Account of plague administration in the Bombay Presidency from September 1896 till May 1897
Year: 1896
Disease focus: Plague
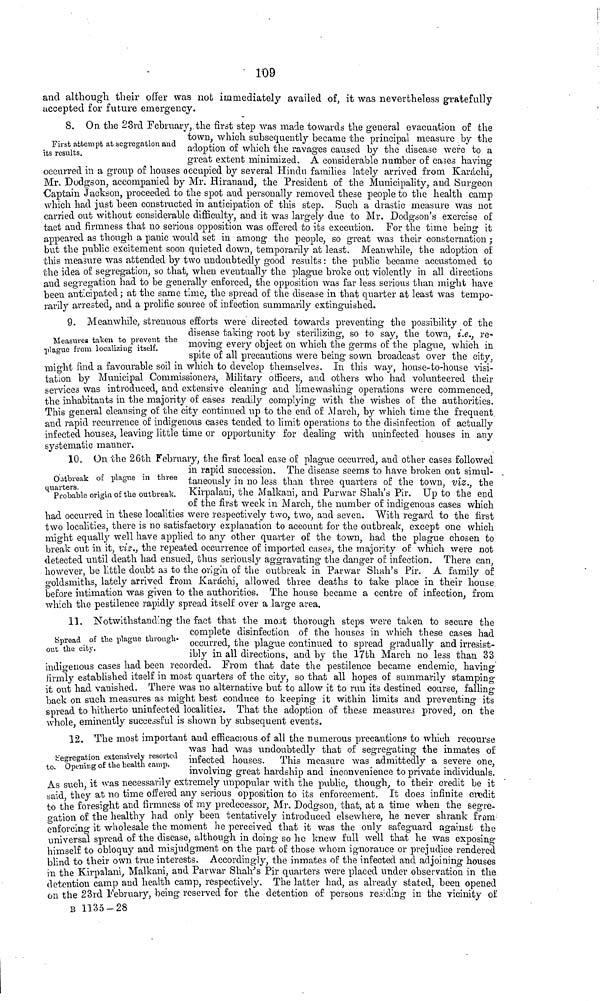
109
and although their offer was not immediately availed of, it was nevertheless gratefully
accepted for future emergency.
First attempt at segregation and
its results.
8. On the 23rd February,. the first step was made towards the general evacuation of the
town, which subsequently became the principal measure by the
adoption of which the ravages caused by the disease were to a
great extent minimized. A considerable number of cases having
occurred in a group of houses occupied by several Hindu families lately arrived from Karachi,
Mr. Dodgson, accompanied by Mr. Hiranand, the President of the Municipality, and Surgeon
Captain Jackson, proceeded to the spot and personally removed these people to the health camp
which had just been constructed in anticipation of this step. Such a drastic measure was not
carried out without considerable difficulty, and it was largely due to Mr. Dodgson's exercise of
tact and firmness that no serious opposition was offered to its execution. For the time being it
appeared as though a panic would set in among the people, so great was their consternation ;
but the public excitement soon quieted down, temporarily at least. Meanwhile, the adoption of
this measure was attended by two undoubtedly good results : the public became accustomed to
the idea of segregation, so that, when eventually the plague broke out violently in all directions
and segregation had to be generally enforced, the opposition was far less serious than might have
been anticipated ; at the same time, the spread of the disease in that quarter at least was tempo-
rarily arrested, and a prolific source of infection summarily extinguished.
Measures taken to prevent the
plague from localizing itself.
9. Meanwhile, strenuous efforts were directed towards preventing the possibility of the
disease taking root by sterilizing, so to say, the town, i.e., re-
moving every object on which the germs of the plague, which in
spite of all precautions were being sown broadcast over the city,
-might find a favourable soil in which to develop themselves. In this way, house-to-house visi-
tation by Municipal Commissioners, Military officers, and others who had volunteered their
services was introduced, and extensive cleaning and limewashing operations were commenced,
the inhabitants in the majority of cases readily complying with the wishes of the authorities.
This general cleansing of the city continued up to the end of March, by which time the frequent
and rapid recurrence of indigenous cases tended to limit operations to the disinfection of actually
infected houses, leaving little time or opportunity for dealing with uninfected houses in any
systematic manner.
Outbreak of plague in three
quarters.
Probable origin of the outbreak.
120. On the 26th February, the first local case of plague occurred, and other cases followed
in rapid succession. The disease seems to have broken out simul-
taneously in no less than three quarters of the town, viz., the
Kirpalani, the Malkani, and Parwar Shah's Pir. Up to the end
of the first week in March, the number of indigenous cases which
had occurred in these localities were respectively two, two, and seven. With regard to the first
two localities, there is no satisfactory explanation to account for the outbreak, except one which
might equally well have applied to any other quarter of the town, had the plague chosen to
break out in it, viz., the repeated occurrence of imported cases, the majority of which were Dot
detected until death had ensued, thus seriously aggravating the clanger of infection. There can,
however, be little doubt as to the origin of the outbreak in Parwar Shah's Pir. A family of
goldsmiths, lately arrived from Karachi, allowed three deaths to take place in their house
before intimation was given to the authorities. The house became a centre of infection, from
which the pestilence rapidly spread itself over a large area.
Spread of the plague through-
out the city.
11. Notwithstanding the fact that the most thorough steps were taken to secure the
complete disinfection of the houses in which these cases had
occurred, the plague continued to spread gradually and irresist-
ibly in all directions, and by the 17th March no less than 33
indigenous cases had been recorded. From that date the pestilence became endemic, having
firmly established itself in most quarters of the city, so that all hopes of summarily stamping
it out had vanished. There was no alternative but to allow it to run its destined course, falling
back on such measures as might best conduce to keeping it within limits and preventing its
spread to hitherto uninfected localities. That the adoption of these measures proved, on the
whole eminently successful is shown by subsequent events.
Segregation extensively resorted
to. Opening of the health camp.
12 The most important and efficacious of all the numerous precautions to which recourse
was had was undoubtedly that of segregating the inmates of
infected houses. This measure was admittedly a severe one,
involving great hardship and inconvenience to private individuals.
As such it was necessarily extremely unpopular with the public, though, to their credit be it
said, they at no time offered any serious opposition to its enforcement. It does infiuite credit
to the foresight and firmness of my predecessor, Mr. Dodgson, that, at a time when the segre-
o-ation of the healthy had only been tentatively introduced elsewhere, he never shrank from
enforcing it wholesale the moment he perceived that it was the only safeguard against the
universal spread of the disease, although in doing so he knew full well that he was exposing
himself to obloquy and misjudgment on the part of those whom ignorance or prejudice rendered
blind to their own true interests. Accordingly, the inmates of the infected and adjoining houses
in the Kirpalani, Malkani, and Parwar Shah's Pir quarters were placed under observation in the
detention camp and health camp, respectively. The latter had, as already stated, been opened
on the 23rd February, being reserved for the detention of persons residing in the vicinity of
B 1135-28